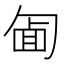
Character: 𠣱